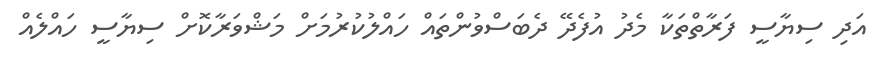
އަދި ސިޔާސީ ފަރާތްތަކާ މެދު އުފެދޭ ދެބަސްވުންތައް ހައްލުކުރުމަށް މަޝްވަރާކޮށް ސިޔާސީ ހައްލެއް